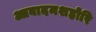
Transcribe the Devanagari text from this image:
आबादमशहोरि